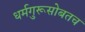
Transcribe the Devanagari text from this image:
धर्मगुरूसोबतच